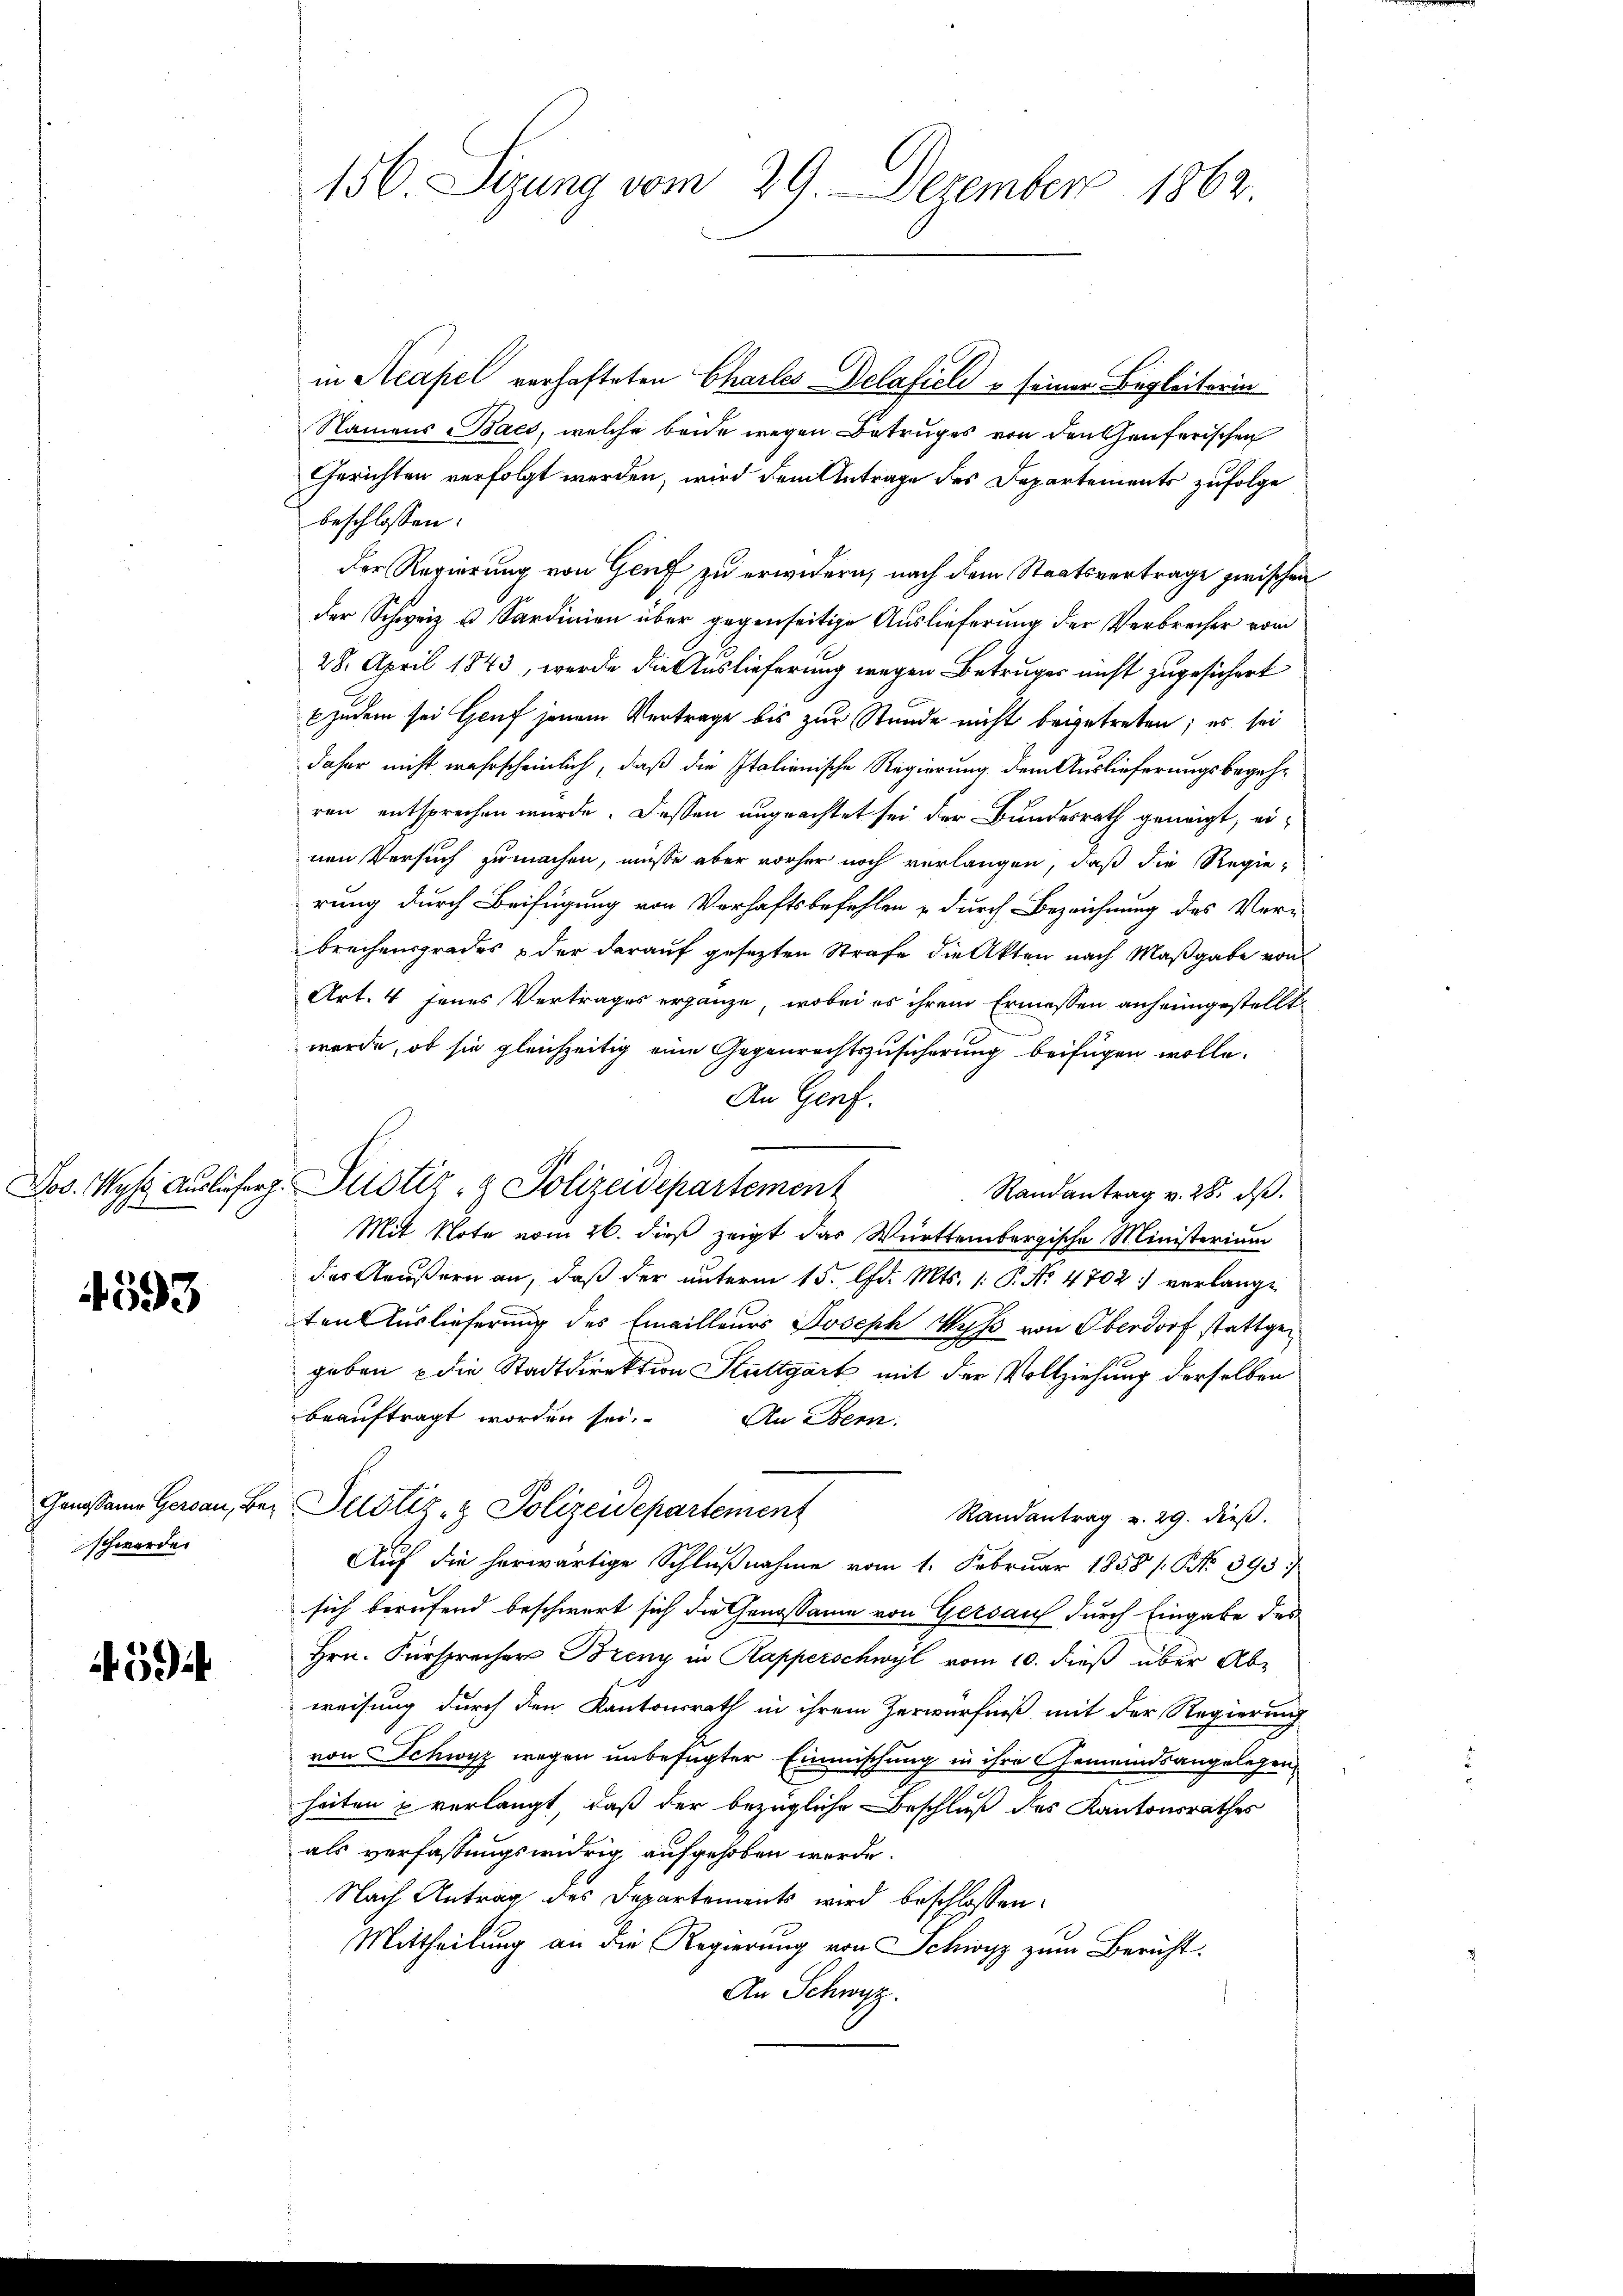
4593

schwerde.

594

156 Sizung vom 29. Dezember 1862.

in Neapel verhafteten Charles-Belafiele u seiner Begleiterin
Namens Bacs, welche beide wegen Betruges von den Genferischen
Gerichten verfolgt werden, wird dem Antrage des Departements zufolge
beschlossen:
der Regierung von Genf zu erwidern, nach dem Staatsvertrage zwischen
der Schweiz u Sardinien über gegenseitige Auslieferung der Verbrecher vom
28. April 1843, werde die Auslieferung wegen Betruges nicht zugesichert
Ezudem sei Genf jenem Vertrage bis zur Stunde nicht beigetreten; es sei
daher nicht wahrscheinlich, daß die Italienische Regierung dem Auslieferungsbegehren entsprechen wurde. Dassen ungeachtet sei der Bundesrath geneigt, einen Versuch zumachen, müsse aber vorher noch verlangen, daß die Regierung durch Beifügung von Verhaftsbefehlen u durch Bezeichnung des Verbrechensgrades der darauf gesezten Strafe die Akten nach Maßgabe von
Art. 4 jenes Vertrages ergänze, wobei es ihrem Ermessen anheimgestellt
werde, ob sie gleichzeitig eine Gegenrechtszusicherung beifügen wolle.
An Genf.
Randantrag v. 28. ds.
Mit Note vom 26. dieß zeigt das Württembergische Ministerium
das Aeußern an, daß der unterm 15. d. Mts. 1. P. No 4702 verlangt
ten Auslieferung des Emailleurs Joseph Wyss von Oberdorf stattgegeben die Stadtdirektion Stuttgart mit der Vollziehung derselben
beauftragt worden sei. An Bern
Genossame Gersau, bei Justiz- & Polizeidepartement
Randantrag v. 29. dieß.
Auf die herwärtige Schlußnahme vom 1. Februar 1858 / NNo. 393
sich berufend beschwert sich die Genossamme von Gersauf durch Eingabe des
Hrn. Fürsprecher Breny in Kapperschwyl vom 10. dieß über Ab-
weisung durch den Kantonsrath in ihrem Zerwürfniß mit der Regierung
von Schwyz wegen unbefugter Einmischung in ihre Gemeindsangelegen
heiten u verlangt, daß der bezügliche Beschluß des Kantonsrathes
als verfassungswidrig aufgehoben werde.
Nach Antrag des Departements wird beschlossen:
Mittheilung an die Regierung von Schwyz zum Bericht.
An Schwyz.

Jos. Wys Auslieferg. Justiz- & Polizeidepartement